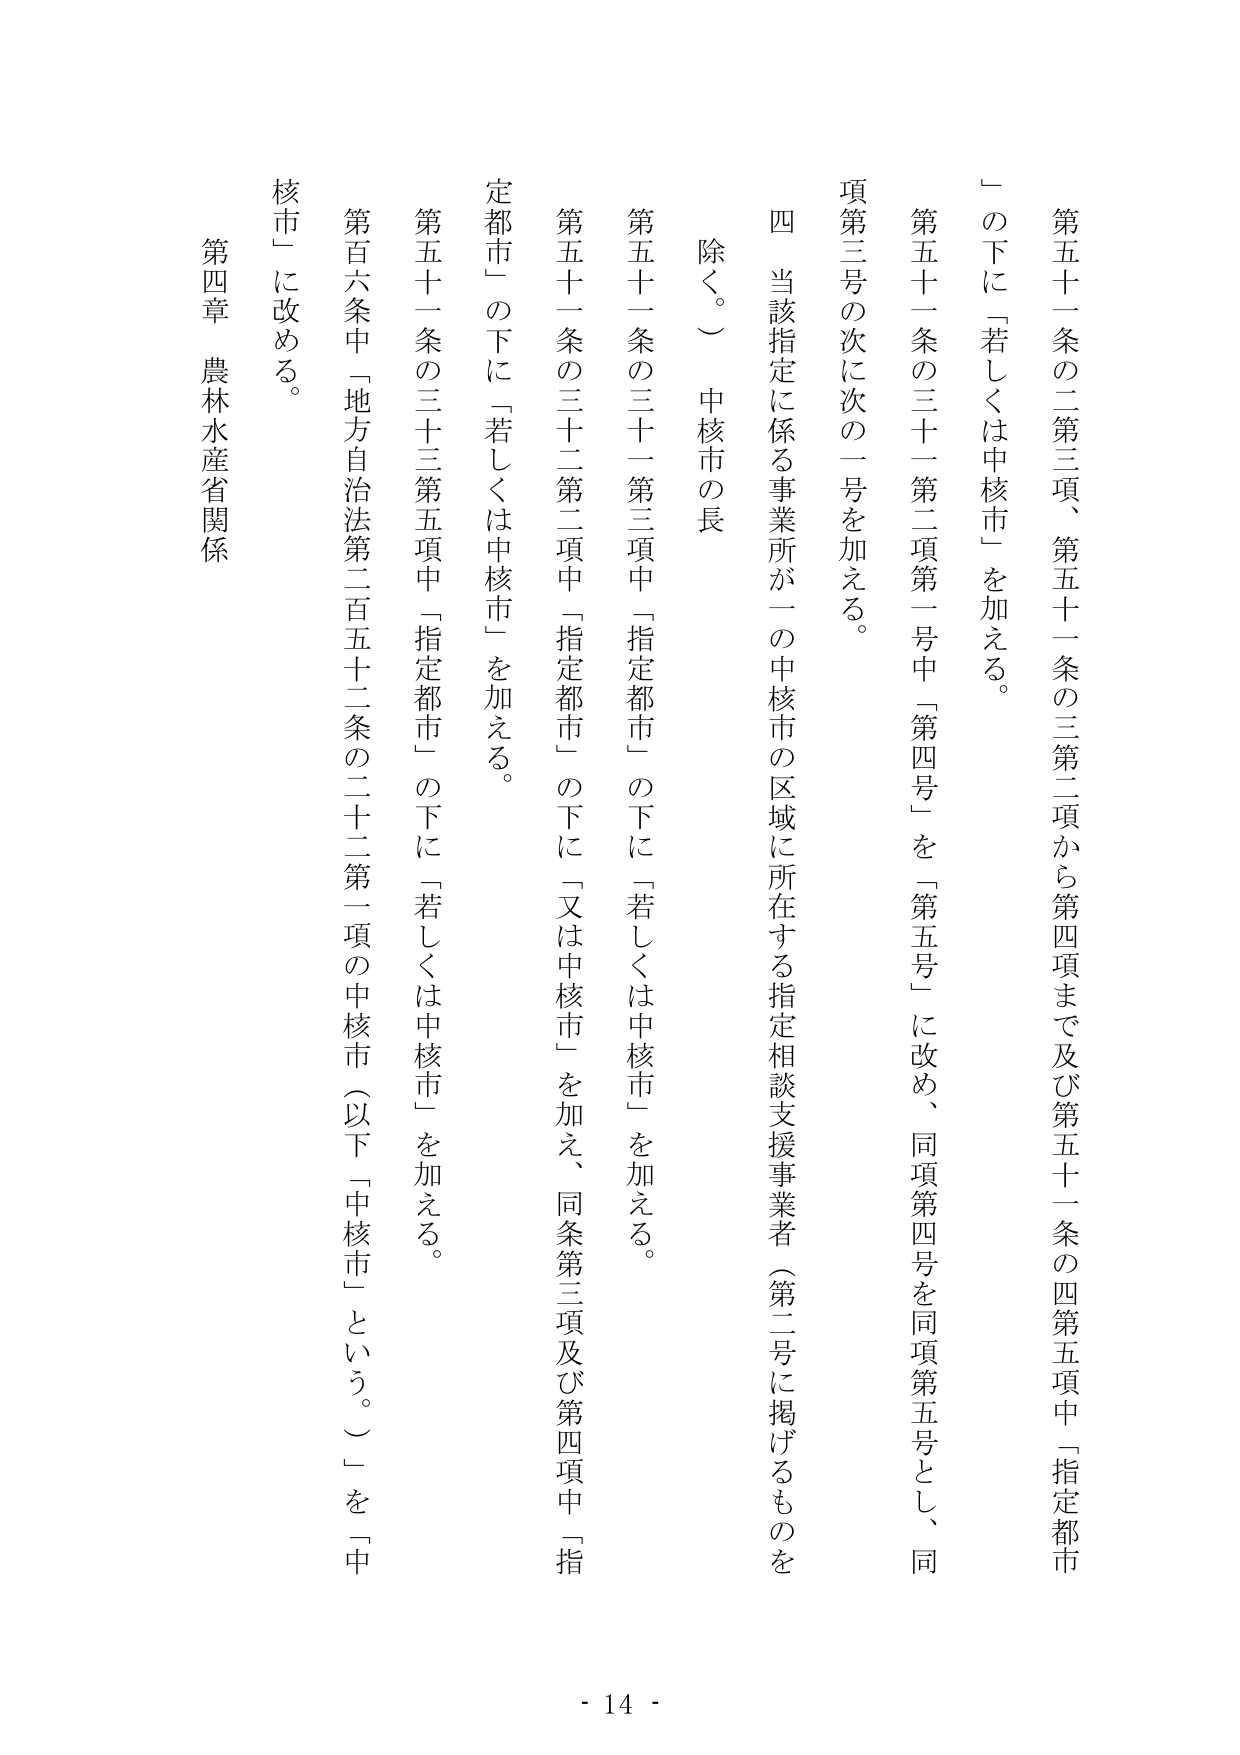
第五十一条の二第三項、第五十一条の三第二項から第四項まで及び第五十一条の四第五項中「指定都市」の下に「若しくは中核市」を加える。

第五十一条の三十一第二項第一号中「第四号」を「第五号」に改め、同項第四号を同項第五号とし、同項第三号の次に次の一号を加える。

四　当該指定に係る事業所が一の中核市の区域に所在する指定相談支援事業者（第二号に掲げるものを除く。）中核市の長

第五十一条の三十一第三項中「指定都市」の下に「若しくは中核市」を加える。

第五十一条の三十二第二項中「指定都市」の下に「又は中核市」を加え、同条第三項及び第四項中「指定都市」の下に「若しくは中核市」を加える。

第五十一条の三十三第五項中「指定都市」の下に「若しくは中核市」を加える。

第百六条中「地方自治法第二百五十二条の二十二第一項の中核市（以下「中核市」という。）」を「中核市」に改める。

第四章　農林水産省関係

- 14 -